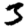
Digit: 3